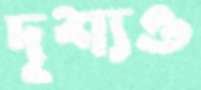
দৃশ্যও